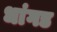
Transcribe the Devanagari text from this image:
धांगड